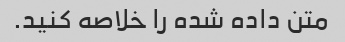
متن داده شده را خلاصه کنید.